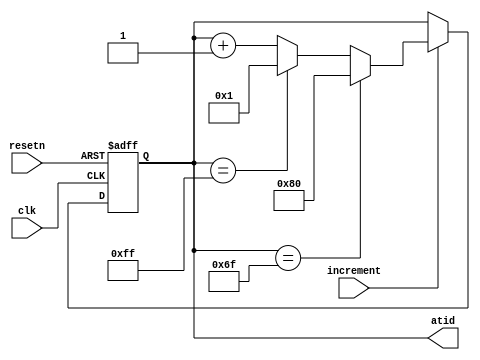
module atid_generator (
    input wire clk,
    input wire resetn,
    input wire increment,
    output reg [7:0] atid
);
    // Next ATID value
    reg [7:0] next_atid;

    always @(posedge clk or negedge resetn) begin
        if (!resetn) begin
            atid <= 8'h01;  // Initialize to the first valid ID
        end else if (increment) begin
            atid <= next_atid;
        end
    end

    always @(*) begin
        // Calculate the next ATID value
        if (atid == 8'h6F)
            next_atid = 8'h80;  // Skip 0x70 to 0x7F
        else if (atid == 8'hFF)
            next_atid = 8'h01;  // Wrap around, skipping 0x00
        else
            next_atid = atid + 8'h01;
    end
endmodule